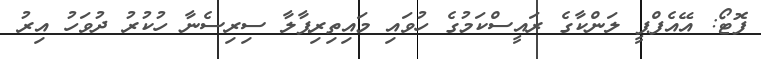
ފޮޓޯ: އޭއެފްޕީ ލަންކާގެ ރައީސްކަމުގެ ހުވައި މައިތިރިޕާލާ ސިރިސެނާ ހުކުރު ދުވަހު އިރު